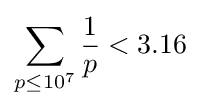
\sum _{p\leq 10^{7}}{\frac {1}{p}}<3.16